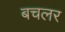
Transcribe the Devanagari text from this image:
बचलर